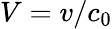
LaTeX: V=v/c_{0}